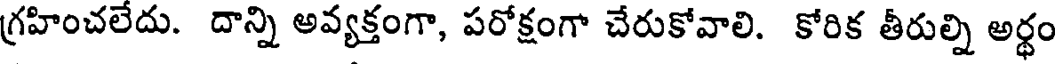
గ్రహించలేదు. దాన్ని అవ్యక్తంగా, పరోక్షంగా చేరుకోవాలి. కోరిక తీరుల్ని అర్థం